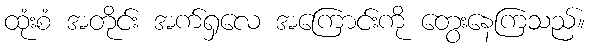
ထုံးစံ အတိုင်း အက်ရှလေ အကြောင်းကို တွေးနေကြသည်။